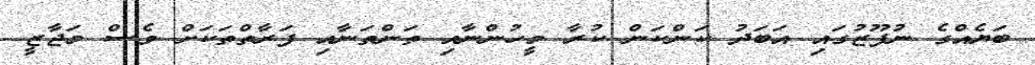
ބަޔެއްގެ ނުފޫޒުގައި އަބަދު ކަންކަން ކުރާ މީހުންނާއި ތަންތަނާއި ފަރާތްތަކަށް ވެސް މަޖާޒީ